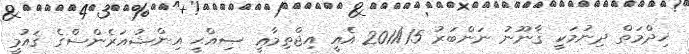
ޚިދްމަތް ދިނުމަކީ ޤާނޫނު ނަންބަރު 2011/15 އެއީ އިޖްތިމާޢީ ޞިއްޙީ އިންޝުއަރެންސްގެ ޤައުމީ